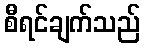
စီရင်ချက်သည်